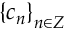
\left\{ c _ { n } \right\} _ { n \in Z }